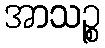
အာသဉ္စ